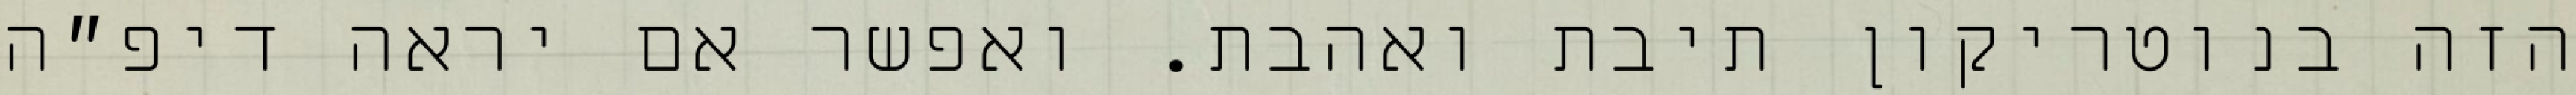
הזה בנוטריקון תיבת ואהבת. ואפשר אם יראה דיפ״ה